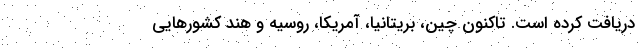
دریافت کرده است. تاکنون چین، بریتانیا، آمریکا، روسیه و هند کشورهایی